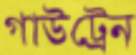
গাউট্রেন